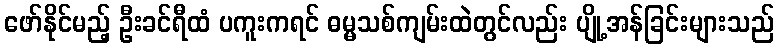
ဖော်နိုင်မည့် ဦးခင်ရီထံ ပကူးကရင် ဓမ္မသစ်ကျမ်းထဲတွင်လည်း ပျို့အန်ခြင်းများသည်